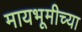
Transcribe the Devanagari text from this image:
मायभूमीच्या